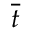
\overline { { t } }